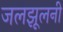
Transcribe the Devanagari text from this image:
जलझूलनी